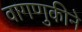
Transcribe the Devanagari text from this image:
वागणुकीने